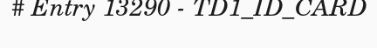
# Entry 13290 - TD1_ID_CARD